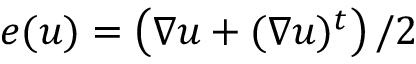
e ( u ) = \left( \nabla u + ( \nabla u ) ^ { t } \right) / 2